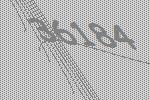
36184